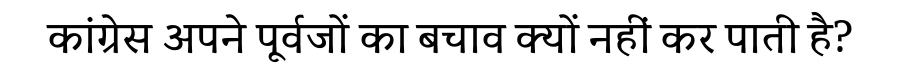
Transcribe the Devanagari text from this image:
कांग्रेस अपने पूर्वजों का बचाव क्यों नहीं कर पाती है?